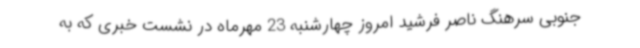
جنوبی سرهنگ ناصر فرشید امروز چهارشنبه 23 مهرماه در نشست خبری که به